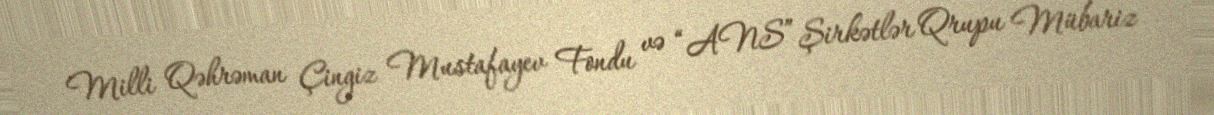
Milli Qəhrəman Çingiz Mustafayev Fondu və “ANS” Şirkətlər Qrupu Mübariz